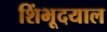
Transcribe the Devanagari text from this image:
शिंभूदयाल